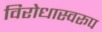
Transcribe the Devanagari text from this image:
विरोधास्वरूप